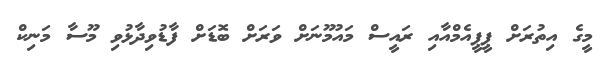
މީގެ އިތުރަށް ޕީޕީއެމްއާއި ރައީސް މައުމޫނަށް ވަރަށް ބޮޑަށް ފާޑުވިދާޅުވި މޫސާ މަނިކް